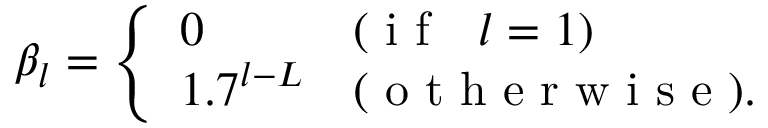
\beta _ { l } = \left\{ \begin{array} { l l } { 0 } & { ( \mathrm { ~ i ~ f ~ \ \ } l = 1 ) } \\ { 1 . 7 ^ { l - L } } & { ( \mathrm { ~ o ~ t ~ h ~ e ~ r ~ w ~ i ~ s ~ e ~ } ) . } \end{array} \right.